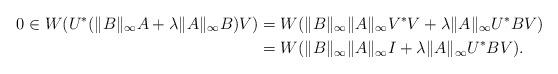
LaTeX: \begin{align*}0 \in W( U^*(\|B\|_{\infty}A + \lambda \|A\|_{\infty}B)V) &= W(\|B\|_{\infty}\|A\|_{\infty}V^*V + \lambda \|A\|_{\infty}U^*BV)\\&=W(\|B\|_{\infty} \|A\|_{\infty}I + \lambda \|A\|_{\infty}U^*BV).\end{align*}